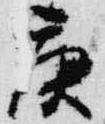
庚